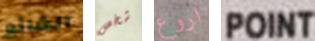
الشائع شخص اروع POINT